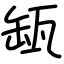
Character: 缻